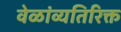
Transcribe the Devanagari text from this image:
वेळांव्यतिरिक्त